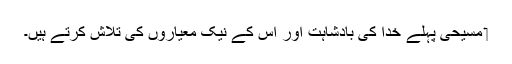
‏ مسیحی پہلے خدا کی بادشاہت اور اُس کے نیک معیاروں کی تلاش کرتے ہیں۔